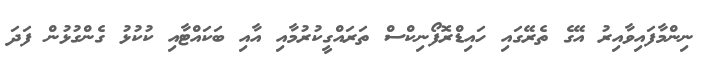
ނިންމާފައިވާއިރު އޭގެ ތެރޭގައި ހައިޑްރޮފޯނިކްސް ތަރައްގީކުރުމާއި އާއި ބަކައްޓާއި ކުކުޅު ގެންގުޅުން ފަދަ